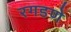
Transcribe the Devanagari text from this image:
रगडणे